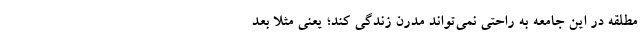
مطلقه در این جامعه به راحتی نمی‌تواند مدرن زندگی کند؛ یعنی مثلا بعد